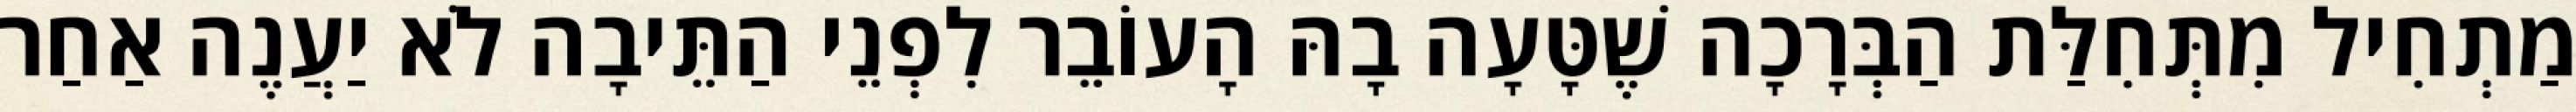
מַתְחִיל מִתְּחִלַּת הַבְּרָכָה שֶׁטָּעָה בָהּ הָעוֹבֵר לִפְנֵי הַתֵּיבָה לֹא יַעֲנֶה אַחַר